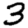
Digit: 3